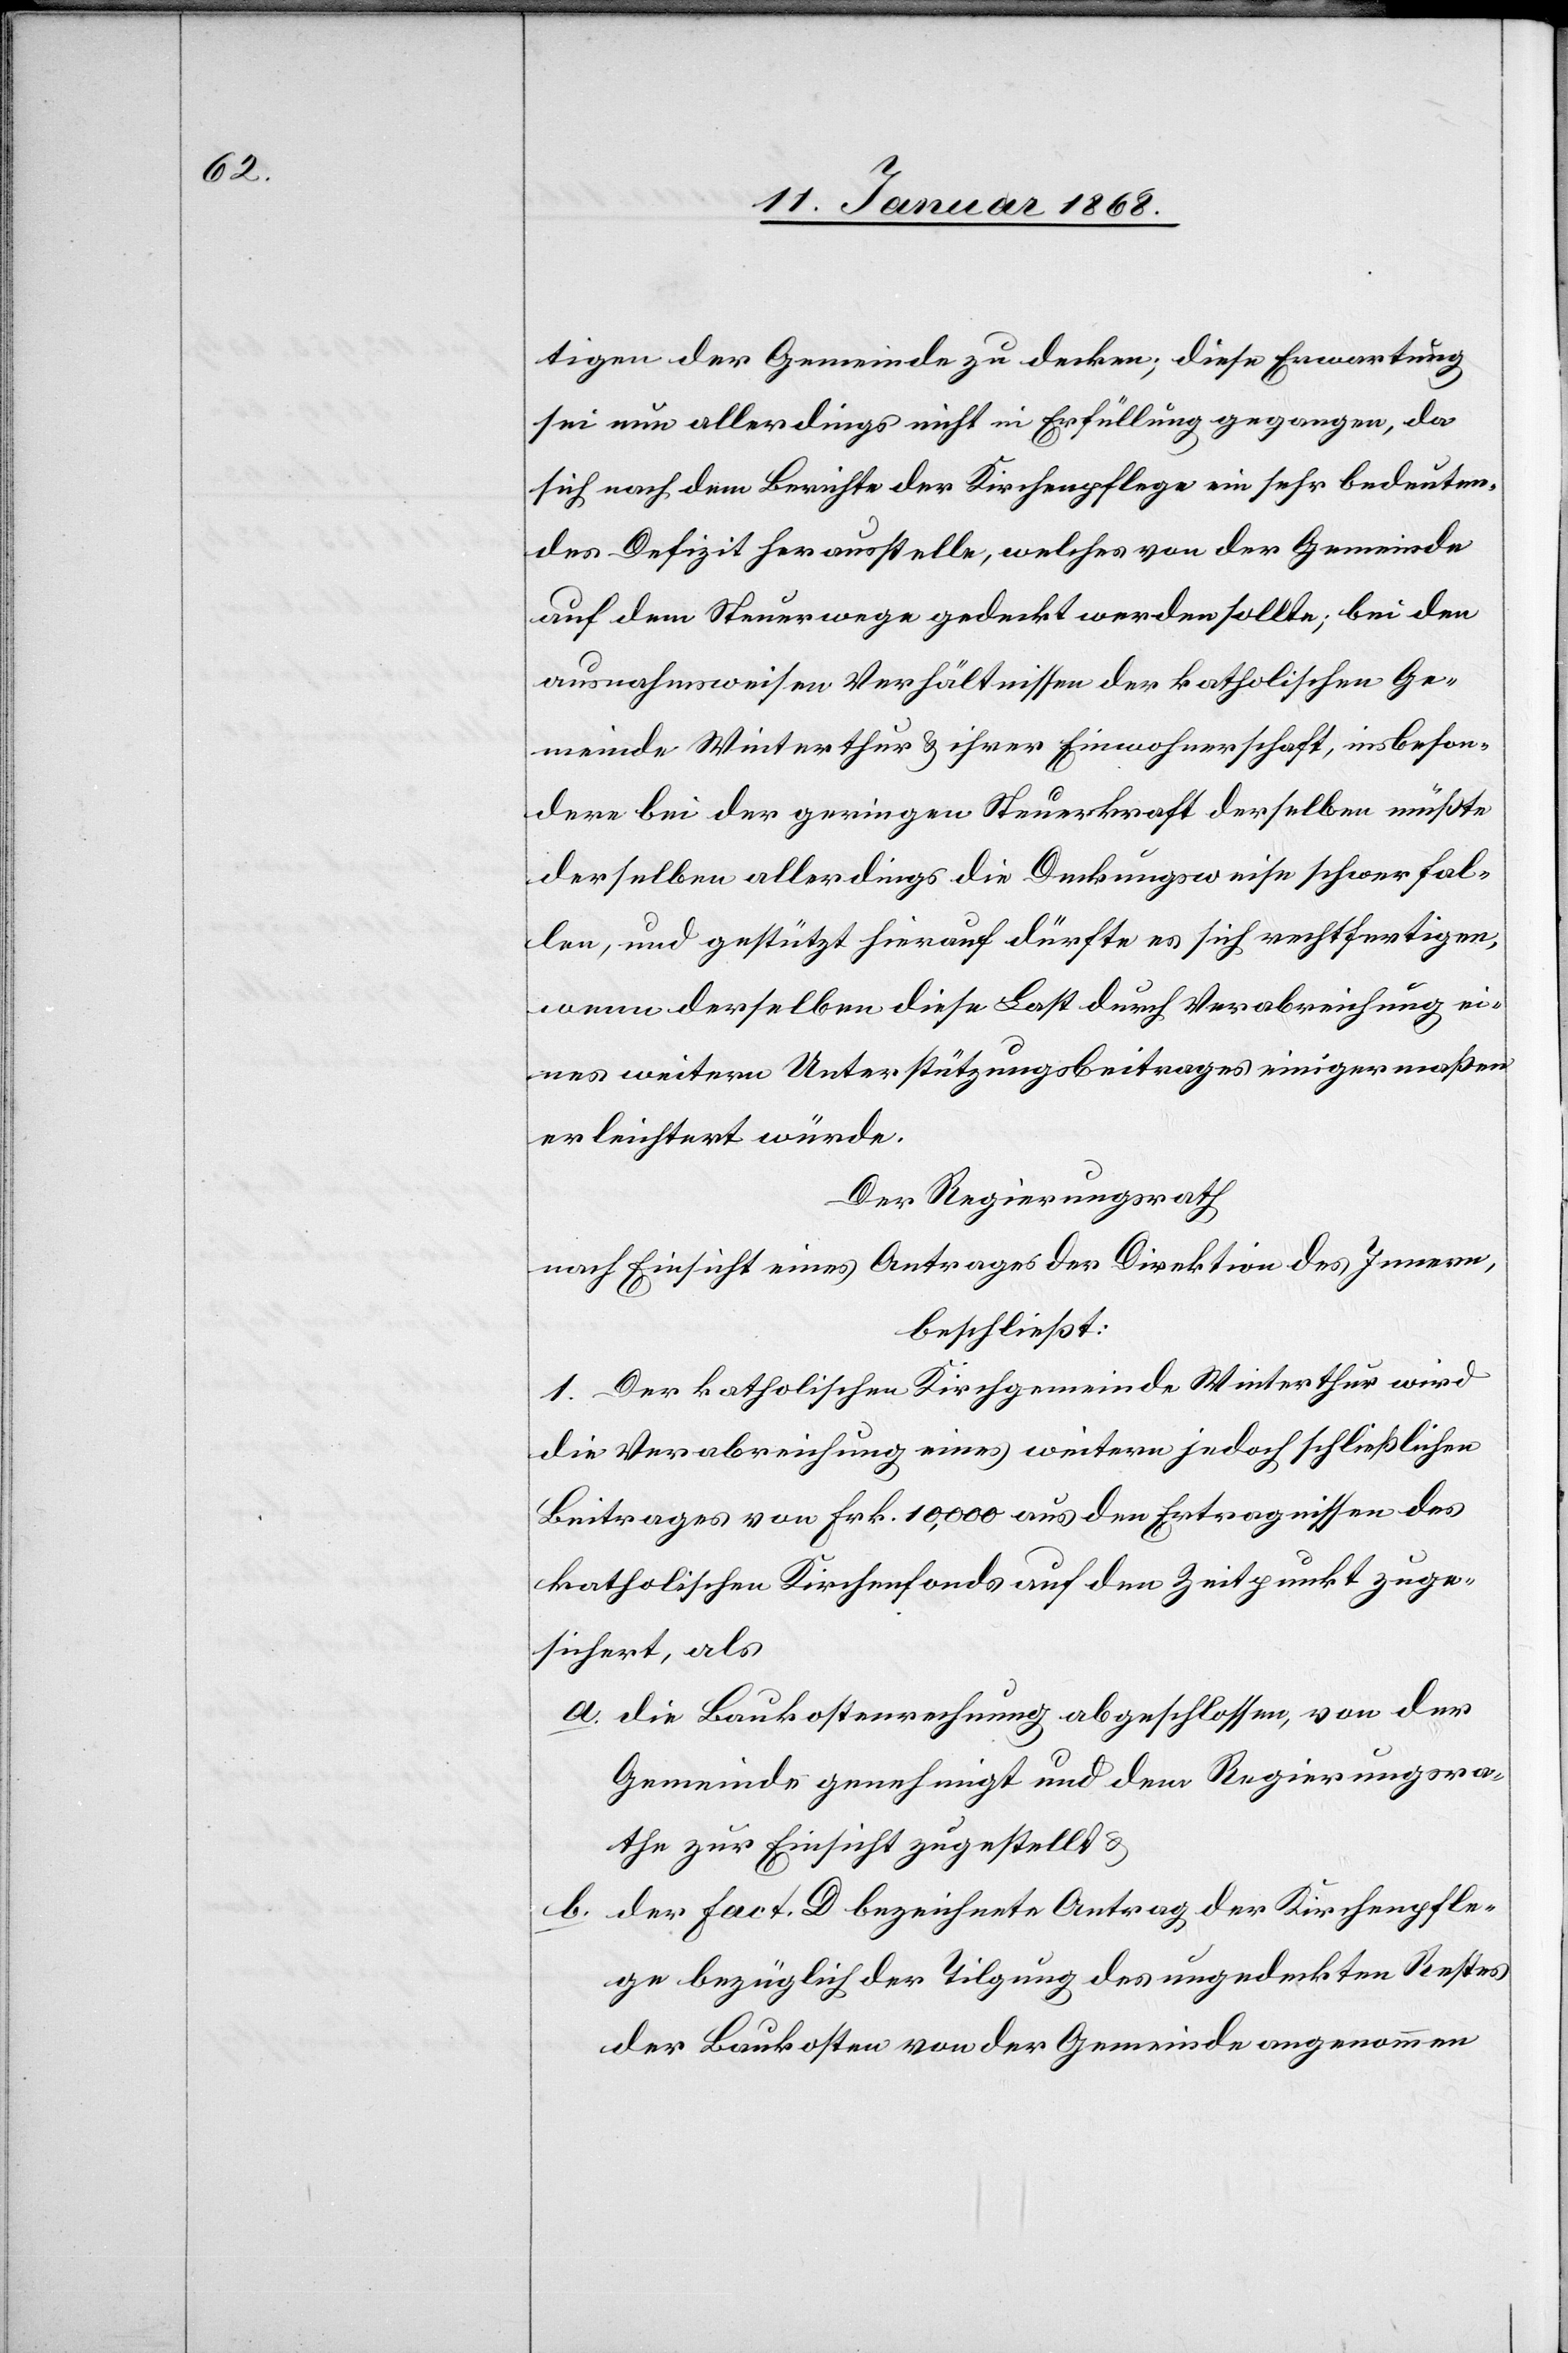
tigen der Gemeinde zu decken; diese Erwartung
sei nun allerdings nicht in Erfüllung gegangen, da
sich nach dem Berichte der Kirchenpflege ein sehr bedeuten¬
des Defizit herausstelle, welches von der Gemeinde
auf dem Steuerwege gedeckt werden sollte; bei den
ausnahmsweisen Verhältnissen der katholischen Ge¬
meinde Winterthur & ihrer Einwohnerschaft, insbeson¬
dere bei der geringen Steuerkraft derselben müßte
derselben allerdings die Deckungsweise schwer fal¬
len, und gestützt hierauf dürfte es sich rechtfertigen,
wenn derselben diese Last durch Verabreichung ei¬
nes weitern Unterstützungsbeitrages einigermaßen
erleichtert würde.
Der Regierungsrath
nach Einsicht eines Antrages der Direktion des Innern,
beschließt:
1. Der katholischen Kirchgemeinde Winterthur wird
die Verabreichung eines weitern jedoch schließlichen
Beitrages von Frk. 10,000 aus den Ertragnissen des
katholischen Kirchenfonds auf den Zeitpunkt zuge¬
sichert, als
die Baukostenrechnung abgeschlossen, von der
Gemeinde genehmigt und dem Regierungsra¬
the zur Einsicht zugestellt &
der Fact. D bezeichnete Antrag der Kirchenpfle¬
ge bezüglich der Tilgung des ungedeckten Restes
der Baukosten von der Gemeinde angenommen